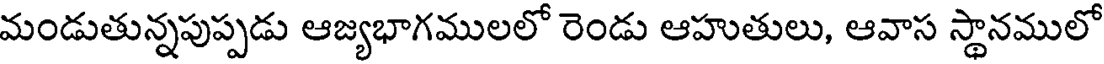
మండుతున్నపుప్పడు ఆజ్యభాగములలో రెండు ఆహుతులు, ఆవాస స్థానములో